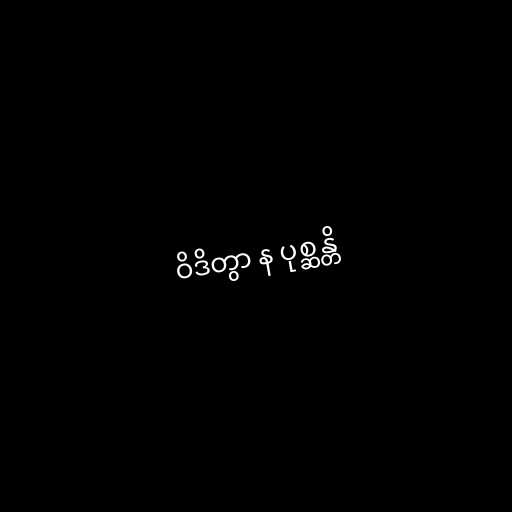
ဝိဒိတွာ န ပုစ္ဆန္တိ